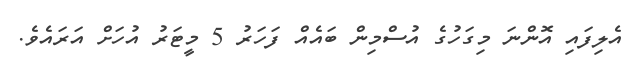
އެލިފައި އޮންނަ މިގަހުގެ އުސްމިން ބައެއް ފަަހަރު 5 މީޓަރު އުހަށް އަރައެވެ.